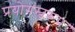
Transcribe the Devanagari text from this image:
प्रयोगस्वरूप